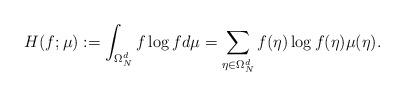
LaTeX: \begin{align*} H(f;\mu) := \int_{\Omega_N^d} f \log f d \mu = \sum_{\eta\in\Omega_N^d} f(\eta)\log f(\eta)\mu(\eta).\end{align*}